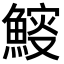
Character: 𩹔